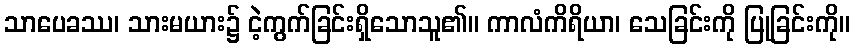
သာပေခဿ၊ သားမယား၌ ငဲ့ကွက်ခြင်းရှိသောသူ၏။ ကာလံကိရိယာ၊ သေခြင်းကို ပြုခြင်းကို။